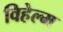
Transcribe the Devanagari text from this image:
विहेल्म